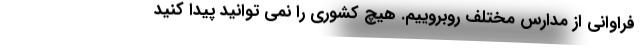
فراوانی از مدارس مختلف روبروییم. هیچ کشوری را نمی توانید پیدا کنید